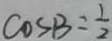
\cos B = \frac { 1 } { 2 }